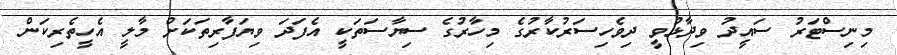
މިނިސްޓަރު ސައީދު ވިދާޅުވީ ދިވެހިސަރުކާރުގެ މިހާރުގެ ސިޔާސަތަކީ އެފަދަ ވިޔަފާރިތަކަށް މާލީ އެހީތެރިކަން